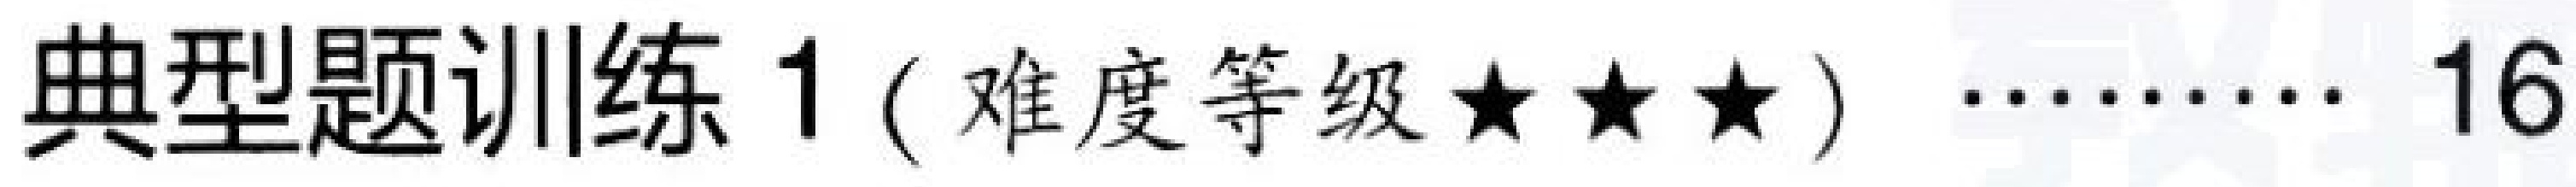
典型题训练 1( 难度等级★★★) ……… 16